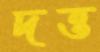
দত্ত